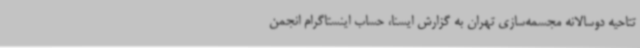
تتاحیه دوسالانه مجسمه‌سازی تهران به گزارش ایسنا، حساب اینستاگرام انجمن